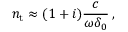
n _ { \mathrm { t } } \approx ( 1 + i ) \frac { c } { \omega \delta _ { 0 } } \, ,